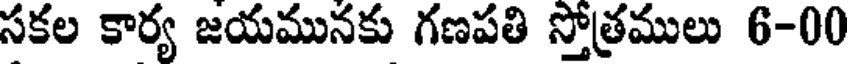
సకల కార్య జయమునకు గణపతి స్తోత్రములు 6-00